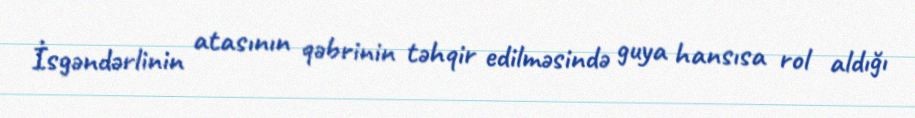
İsgəndərlinin atasının qəbrinin təhqir edilməsində guya hansısa rol aldığı